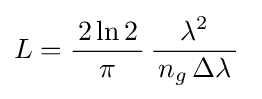
L={\frac {\,2\ln 2\,}{\pi }}\,{\frac {\lambda ^{2}}{\,n_{g}\,\mathrm {\Delta } \lambda \,}}~